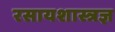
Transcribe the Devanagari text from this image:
रसायशास्त्रज्ञ